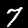
Digit: 7